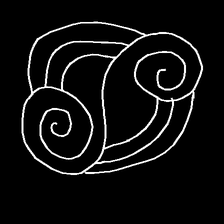
Glyph: wind-underfoot